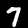
Label: 7